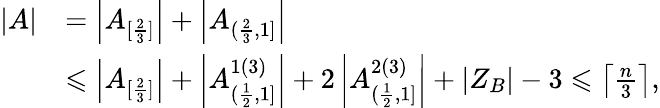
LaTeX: \begin{array}{rl}{|A|}&{=\left|A_{[\frac{2}{3}]}\right|+\left|A_{(\frac{2}{3},1]}\right|}\\ &{\leqslant\left|A_{[\frac{2}{3}]}\right|+\left|A_{(\frac{1}{2},1]}^{1(3)}\right|+2\left|A_{(\frac{1}{2},1]}^{2(3)}\right|+|Z_{B}|-3\leqslant\left\lceil\frac{n}{3}\right\rceil,}\end{array}